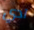
آدي